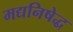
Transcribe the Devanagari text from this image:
मद्यनिषेद्ध